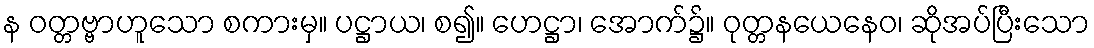
န ဝတ္တဗ္ဗာဟူသော စကားမှ။ ပဋ္ဌာယ၊ စ၍။ ဟေဋ္ဌာ၊ အောက်၌။ ဝုတ္တနယေနေဝ၊ ဆိုအပ်ပြီးသော